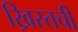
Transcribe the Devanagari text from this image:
ख्रिस्तची